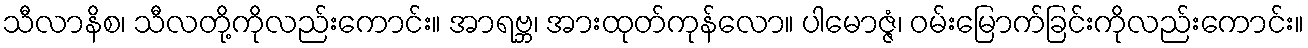
သီလာနိစ၊ သီလတို့ကိုလည်းကောင်း။ အာရဗ္ဘ၊ အားထုတ်ကုန်လော။ ပါမောဇ္ဇံ၊ ဝမ်းမြောက်ခြင်းကိုလည်းကောင်း။